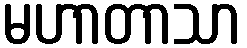
မဟာတာသာ